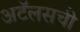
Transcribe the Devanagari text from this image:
अटॅलसची